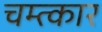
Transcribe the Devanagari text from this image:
चम्त्कार